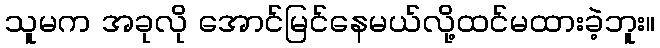
သူမက အခုလို အောင်မြင်နေမယ်လို့ထင်မထားခဲ့ဘူး။